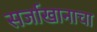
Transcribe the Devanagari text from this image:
सर्जाखानाचा